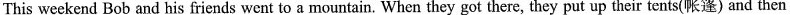
This weekend Bob and his friends went to a mountain. When they got there, they put up their tents(帐篷) and then